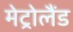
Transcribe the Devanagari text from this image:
मेट्रोलैंड